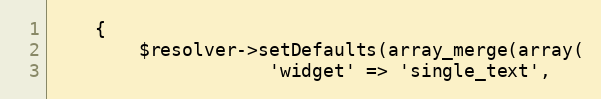
Language: PHP
    {
        $resolver->setDefaults(array_merge(array(
                    'widget' => 'single_text',